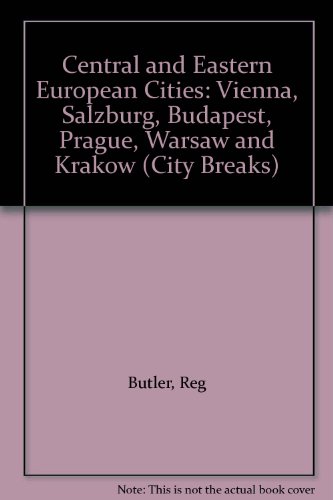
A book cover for Central and Eastern European Cities: Vienna, Salzburg, Prague, Budapest, Warsaw and Krakow (City Breaks); Reg Butler; Travel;